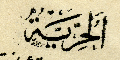
اَلحُرِيّةُ